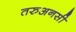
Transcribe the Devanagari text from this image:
तरुअनसी